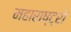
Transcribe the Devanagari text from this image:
महाराष्ट्रों